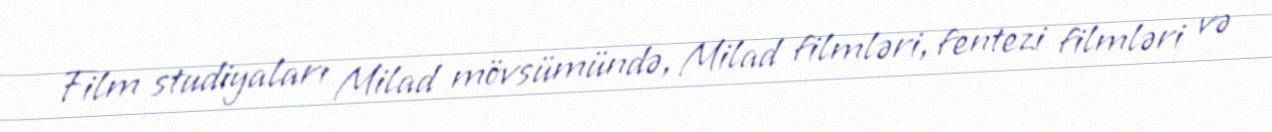
Film studiyaları Milad mövsümündə, Milad filmləri, fentezi filmləri və